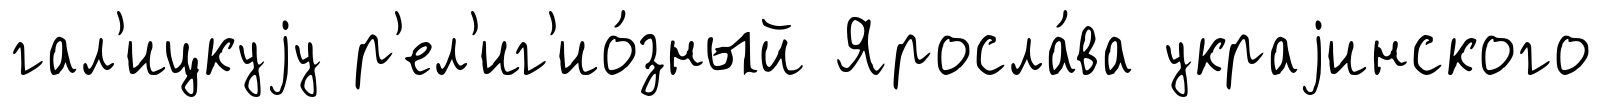
гал'ицкуjу р'ел'иг'ио́зный Яросла́ва украjинского